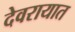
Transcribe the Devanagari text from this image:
देवरायात